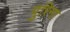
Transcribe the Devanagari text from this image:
पुरिना